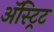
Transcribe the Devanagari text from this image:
अॅस्ट्रिट